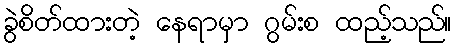
ခွဲစိတ်ထားတဲ့ နေရာမှာ ဂွမ်းစ ထည့်သည်။